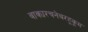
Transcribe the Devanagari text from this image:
वाक्यरचनेबरहूकूम